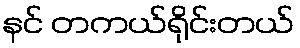
နင် တကယ်ရိုင်းတယ်